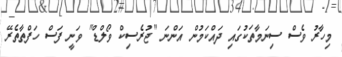
މިހާރު ވެސް ސިނަމާތަކުގައި ދައްކަމުން އަންނަ "ޖުރެސިކް ވޯލްޑް" ވަނީ ފަސް ހަފްތާތެރޭ